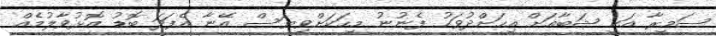
ސަމީރާ އަކީ ޝަބާއަށް އިހަށްދުވަހު ފެނުނު މީހަކަށްވިޔަސް އޭނާ އެފަދަ ބޮޑު އޮޅުވާލުމެއް